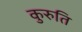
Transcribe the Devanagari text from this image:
कुरुति